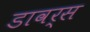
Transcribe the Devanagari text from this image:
डावर्स